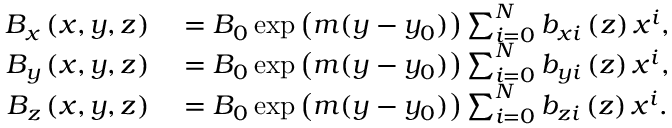
\begin{array} { r l } { B _ { x } \left( x , y , z \right) } & { { } = B _ { 0 } \exp \big ( m ( y - y _ { 0 } ) \big ) \sum _ { i = 0 } ^ { N } b _ { x i } \left( z \right) x ^ { i } , } \\ { B _ { y } \left( x , y , z \right) } & { { } = B _ { 0 } \exp \big ( m ( y - y _ { 0 } ) \big ) \sum _ { i = 0 } ^ { N } b _ { y i } \left( z \right) x ^ { i } , } \\ { B _ { z } \left( x , y , z \right) } & { { } = B _ { 0 } \exp \big ( m ( y - y _ { 0 } ) \big ) \sum _ { i = 0 } ^ { N } b _ { z i } \left( z \right) x ^ { i } . } \end{array}